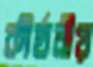
কীর্তনীয়